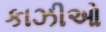
કાઝીઓ